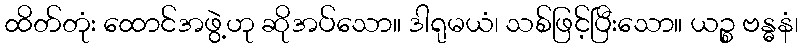
ထိတ်တုံး ထောင်အဖွဲ့ဟု ဆိုအပ်သော။ ဒါရုမယံ၊ သစ်ဖြင့်ပြီးသော။ ယဉ္စ ဗန္ဓနံ၊